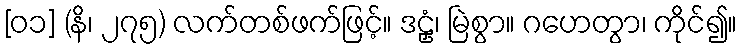
[၀၁] (နိ၊ ၂၇၅) လက်တစ်ဖက်ဖြင့်။ ဒဠှံ၊ မြဲစွာ။ ဂဟေတွာ၊ ကိုင်၍။